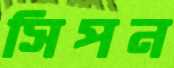
সিপন